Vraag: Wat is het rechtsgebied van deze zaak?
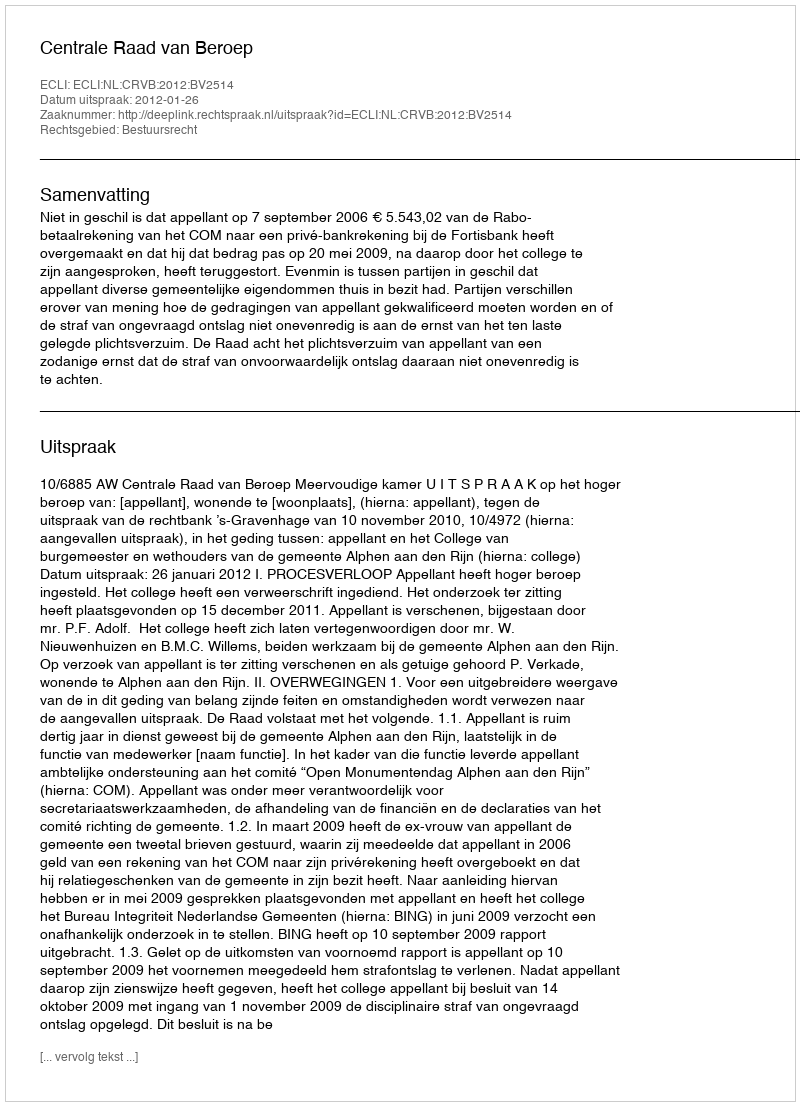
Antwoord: Bestuursrecht